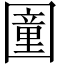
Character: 𡈩